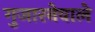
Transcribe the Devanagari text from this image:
गुजारनेवाले